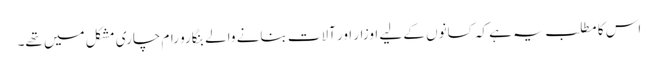
اس کا مطلب یہ ہے کہ کسانوں کے لیے اوزار اور آلات بنانے والے بنگارو رام چاری مشکل میں تھے۔